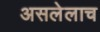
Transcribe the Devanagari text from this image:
असलेलाच